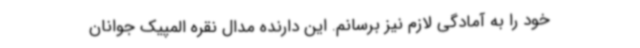
خود را به آمادگی لازم نیز برسانم. این دارنده مدال نقره المپیک جوانان